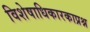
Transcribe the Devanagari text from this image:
विशेषाधिकारकाप्रश्न